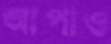
আপাও